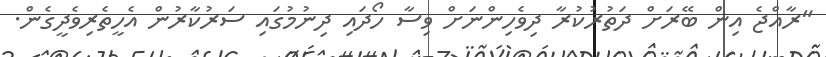
"ރާއްޖެ އިން ބޭރަށް ދަތުރުކުރާ ދިވެހިންނަށް ވިސާ ހޯދައި ދިނުމުގައި ސަރުކާރުން އެހީތެރިވެދީގެން.